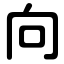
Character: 向